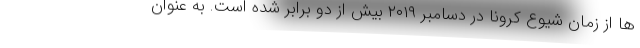
ها از زمان شیوع کرونا در دسامبر ۲۰۱۹ بیش از دو برابر شده است. به عنوان